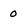
Character: 0